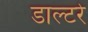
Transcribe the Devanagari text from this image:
डाल्टरे